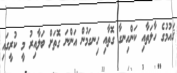
ޤައުމުގެ ހާލަތާއި ކަންހިނގާ ގޮތާއި ހިނގަމުން އަންނަ ގޮތަށް ބަލާއިރު މީ ކުރީގައި